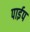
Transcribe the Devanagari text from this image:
पार्इप